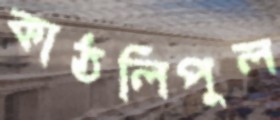
কাঠলিপুল